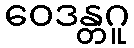
ဝေဒန္တဂူ